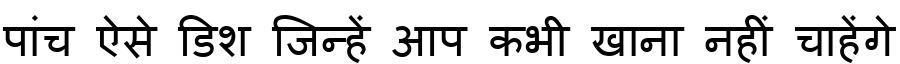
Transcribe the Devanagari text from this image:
पांच ऐसे डिश जिन्हें आप कभी खाना नहीं चाहेंगे